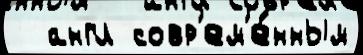
  англ совр'ем'е́нным